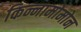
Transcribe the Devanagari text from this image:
किन्नामोमोन